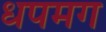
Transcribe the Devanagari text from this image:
धपमग